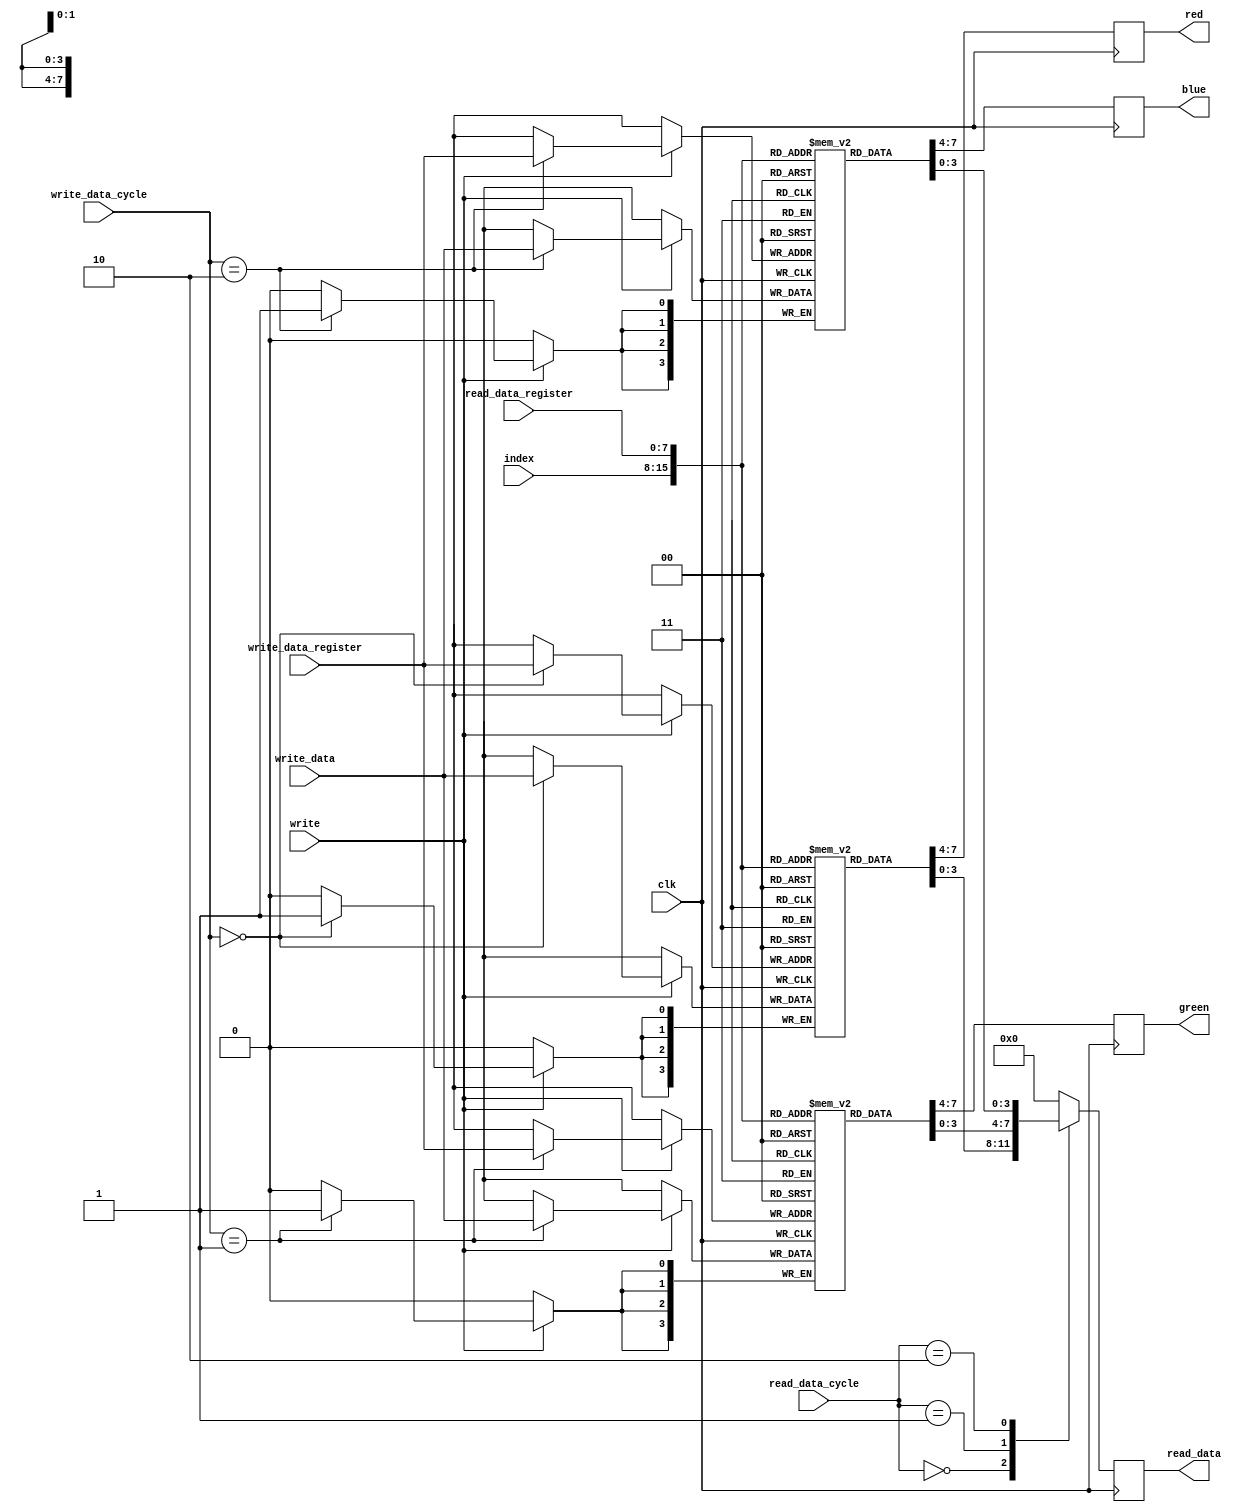
/*
 *  DAC register file for VGA
 *  Copyright (C) 2010  Zeus Gomez Marmolejo <zeus@aluzina.org>
 *
 *  VGA FML support
 *  Copyright (C) 2013 Charley Picker <charleypicker@yahoo.com>
 *
 *  This file is part of the Zet processor. This processor is free
 *  hardware; you can redistribute it and/or modify it under the terms of
 *  the GNU General Public License as published by the Free Software
 *  Foundation; either version 3, or (at your option) any later version.
 *
 *  Zet is distrubuted in the hope that it will be useful, but WITHOUT
 *  ANY WARRANTY; without even the implied warranty of MERCHANTABILITY
 *  or FITNESS FOR A PARTICULAR PURPOSE. See the GNU General Public
 *  License for more details.
 *
 *  You should have received a copy of the GNU General Public License
 *  along with Zet; see the file COPYING. If not, see
 *  <http://www.gnu.org/licenses/>.
 */

module vga_dac_regs_fml (
    input clk,

    // VGA read interface
    input      [7:0] index,
    output reg [3:0] red,
    output reg [3:0] green,
    output reg [3:0] blue,

    // CPU interface
    input       write,

    // CPU read interface
    input      [1:0] read_data_cycle,
    input      [7:0] read_data_register,
    output reg [3:0] read_data,

    // CPU write interface
    input [1:0] write_data_cycle,
    input [7:0] write_data_register,
    input [3:0] write_data
  );

  // Registers, nets and parameters
  reg [3:0] red_dac   [0:255];
  reg [3:0] green_dac [0:255];
  reg [3:0] blue_dac  [0:255];

  // Behaviour
  // VGA read interface
  always @(posedge clk)
    begin
      red   <= red_dac[index];
      green <= green_dac[index];
      blue  <= blue_dac[index];
    end

  // CPU read interface
  always @(posedge clk)
    case (read_data_cycle)
      2'b00:   read_data <= red_dac[read_data_register];
      2'b01:   read_data <= green_dac[read_data_register];
      2'b10:   read_data <= blue_dac[read_data_register];
      default: read_data <= 4'h0;
    endcase

  // CPU write interface
  always @(posedge clk)
    if (write)
      case (write_data_cycle)
        2'b00:   red_dac[write_data_register]   <= write_data;
        2'b01:   green_dac[write_data_register] <= write_data;
        2'b10:   blue_dac[write_data_register]  <= write_data;
      endcase

endmodule